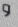
و